Madras plague regulations and rules for the city of Madras
Disease focus: Plague
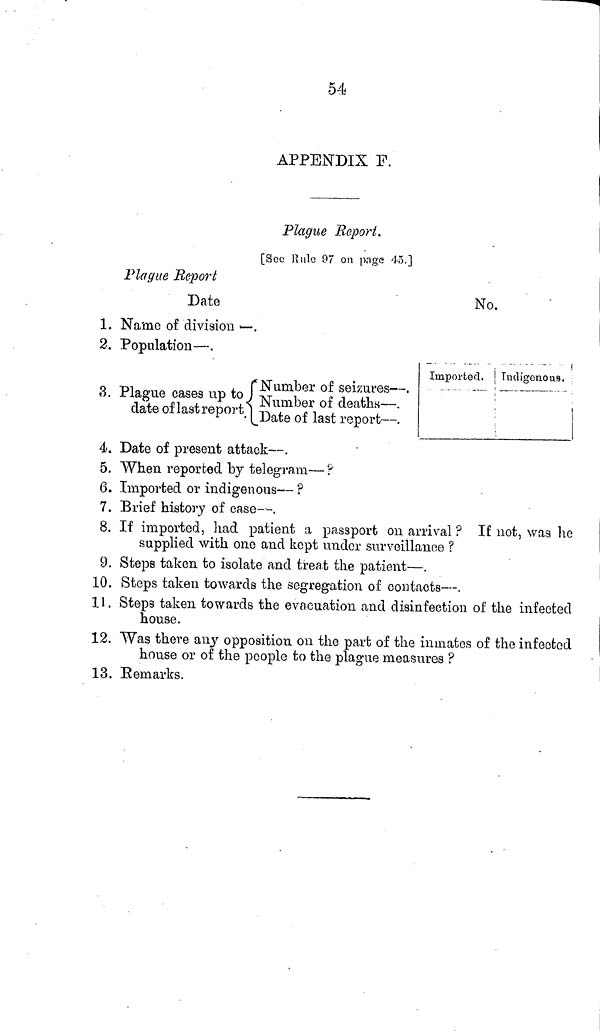
54
APPENDIX F.
Plague Report.
[Sec Rule 97 on page 45.]
Plague Report
Date
No.
1. Name of division —.
2. Population—.
3. Plague cases up to
date of last report
Number of seizures — .
Number of deaths — .
Date of last report — .
Imported. Indigenous.
4. Date of present attack—.
5. When reported by telegram—?
6. Imported or indigenous— ?
7. Brief history of case—.
8. If imported, had patient a passport 011 arrival ? If not, was he
supplied with one and kept under surveillance ?
9. Steps taken to isolate and treat the patient—.
10. Steps taken towards the segregation of contacts—.
11. Steps taken towards the evacuation and disinfection of the infected
house.
12. Was there any opposition on the part of the inmates of the infected
house or of the people to the plague measures ?
13. Remarks.